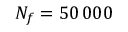
N _ { f } = 5 0 \, 0 0 0